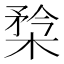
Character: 㮗